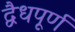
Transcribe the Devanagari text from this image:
द्वैधपूर्ण